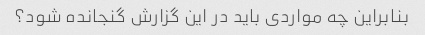
بنابراین چه مواردی باید در این گزارش گنجانده شود؟